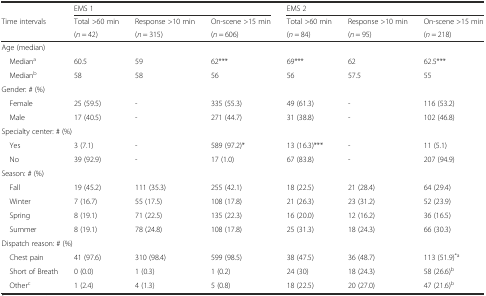
<table><thead><tr><td>[EMPTY_CELL]</td><td colspan="3"><b>EMS 1</b></td><td colspan="3"><b>EMS 2</b></td></tr><tr><td rowspan="2"><b>Time intervals</b></td><td><b>Total &gt;60 min</b></td><td><b>Response &gt;10 min</b></td><td><b>On-scene &gt;15 min</b></td><td><b>Total &gt;60 min</b></td><td><b>Response &gt;10 min</b></td><td><b>On-scene &gt;15 min</b></td></tr><tr><td><b>(<i>n</i> = 42)</b></td><td><b>(<i>n</i> = 315)</b></td><td><b>(<i>n</i> = 606)</b></td><td><b>(<i>n</i> = 84)</b></td><td><b>(<i>n</i> = 95)</b></td><td><b>(<i>n</i> = 218)</b></td></tr></thead><tbody><tr><td>Age (median)</td><td>[EMPTY_CELL]</td><td>[EMPTY_CELL]</td><td>[EMPTY_CELL]</td><td>[EMPTY_CELL]</td><td>[EMPTY_CELL]</td><td>[EMPTY_CELL]</td></tr><tr><td> Median<sup>a</sup></td><td>60.5</td><td>59</td><td>62***</td><td>69***</td><td>62</td><td>62.5***</td></tr><tr><td> Median<sup>b</sup></td><td>58</td><td>58</td><td>56</td><td>56</td><td>57.5</td><td>55</td></tr><tr><td>Gender: # (%)</td><td>[EMPTY_CELL]</td><td>[EMPTY_CELL]</td><td>[EMPTY_CELL]</td><td>[EMPTY_CELL]</td><td>[EMPTY_CELL]</td><td>[EMPTY_CELL]</td></tr><tr><td> Female</td><td>25 (59.5)</td><td>-</td><td>335 (55.3)</td><td>49 (61.3)</td><td>-</td><td>116 (53.2)</td></tr><tr><td> Male</td><td>17 (40.5)</td><td>-</td><td>271 (44.7)</td><td>31 (38.8)</td><td>-</td><td>102 (46.8)</td></tr><tr><td colspan="2">Specialty center: # (%)</td><td>[EMPTY_CELL]</td><td>[EMPTY_CELL]</td><td>[EMPTY_CELL]</td><td>[EMPTY_CELL]</td><td>[EMPTY_CELL]</td></tr><tr><td> Yes</td><td>3 (7.1)</td><td>-</td><td>589 (97.2)*</td><td>13 (16.3)***</td><td>-</td><td>11 (5.1)</td></tr><tr><td> No</td><td>39 (92.9)</td><td>-</td><td>17 (1.0)</td><td>67 (83.8)</td><td>-</td><td>207 (94.9)</td></tr><tr><td>Season: # (%)</td><td>[EMPTY_CELL]</td><td>[EMPTY_CELL]</td><td>[EMPTY_CELL]</td><td>[EMPTY_CELL]</td><td>[EMPTY_CELL]</td><td>[EMPTY_CELL]</td></tr><tr><td> Fall</td><td>19 (45.2)</td><td>111 (35.3)</td><td>255 (42.1)</td><td>18 (22.5)</td><td>21 (28.4)</td><td>64 (29.4)</td></tr><tr><td> Winter</td><td>7 (16.7)</td><td>55 (17.5)</td><td>108 (17.8)</td><td>21 (26.3)</td><td>23 (31.2)</td><td>52 (23.9)</td></tr><tr><td> Spring</td><td>8 (19.1)</td><td>71 (22.5)</td><td>135 (22.3)</td><td>16 (20.0)</td><td>12 (16.2)</td><td>36 (16.5)</td></tr><tr><td> Summer</td><td>8 (19.1)</td><td>78 (24.8)</td><td>108 (17.8)</td><td>25 (31.3)</td><td>18 (24.3)</td><td>66 (30.3)</td></tr><tr><td colspan="2">Dispatch reason: # (%)</td><td>[EMPTY_CELL]</td><td>[EMPTY_CELL]</td><td>[EMPTY_CELL]</td><td>[EMPTY_CELL]</td><td>[EMPTY_CELL]</td></tr><tr><td> Chest pain</td><td>41 (97.6)</td><td>310 (98.4)</td><td>599 (98.5)</td><td>38 (47.5)</td><td>36 (48.7)</td><td>113 (51.9)<sup>*a</sup></td></tr><tr><td> Short of Breath</td><td>0 (0.0)</td><td>1 (0.3)</td><td>1 (0.2)</td><td>24 (30)</td><td>18 (24.3)</td><td>58 (26.6)<sup>b</sup></td></tr><tr><td> Other<sup>c</sup></td><td>1 (2.4)</td><td>4 (1.3)</td><td>5 (0.8)</td><td>18 (22.5)</td><td>20 (27.0)</td><td>47 (21.6)<sup>b</sup></td></tr></tbody></table>